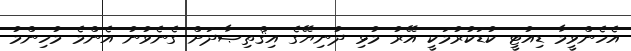
އެހެންވީމާ ޑިއުޓީ ކުޑަކުރުމަކީ އޭރު މުޅި ދުނިޔޭގެ އިޤްތިޞާދަށް ގެނެވުނު އެންމެ މުހިންމު